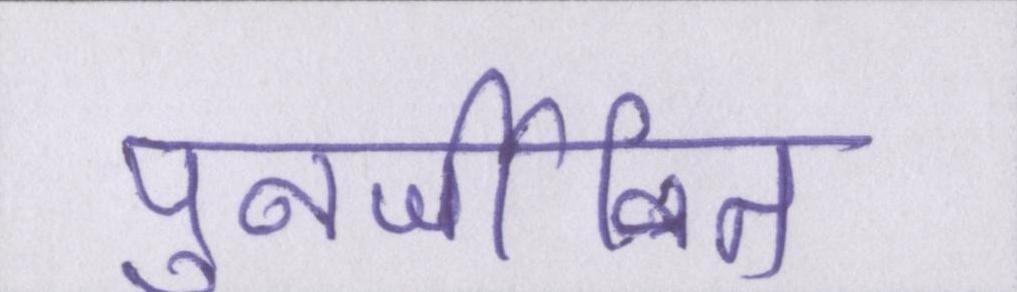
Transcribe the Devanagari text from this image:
पुनर्जीवित